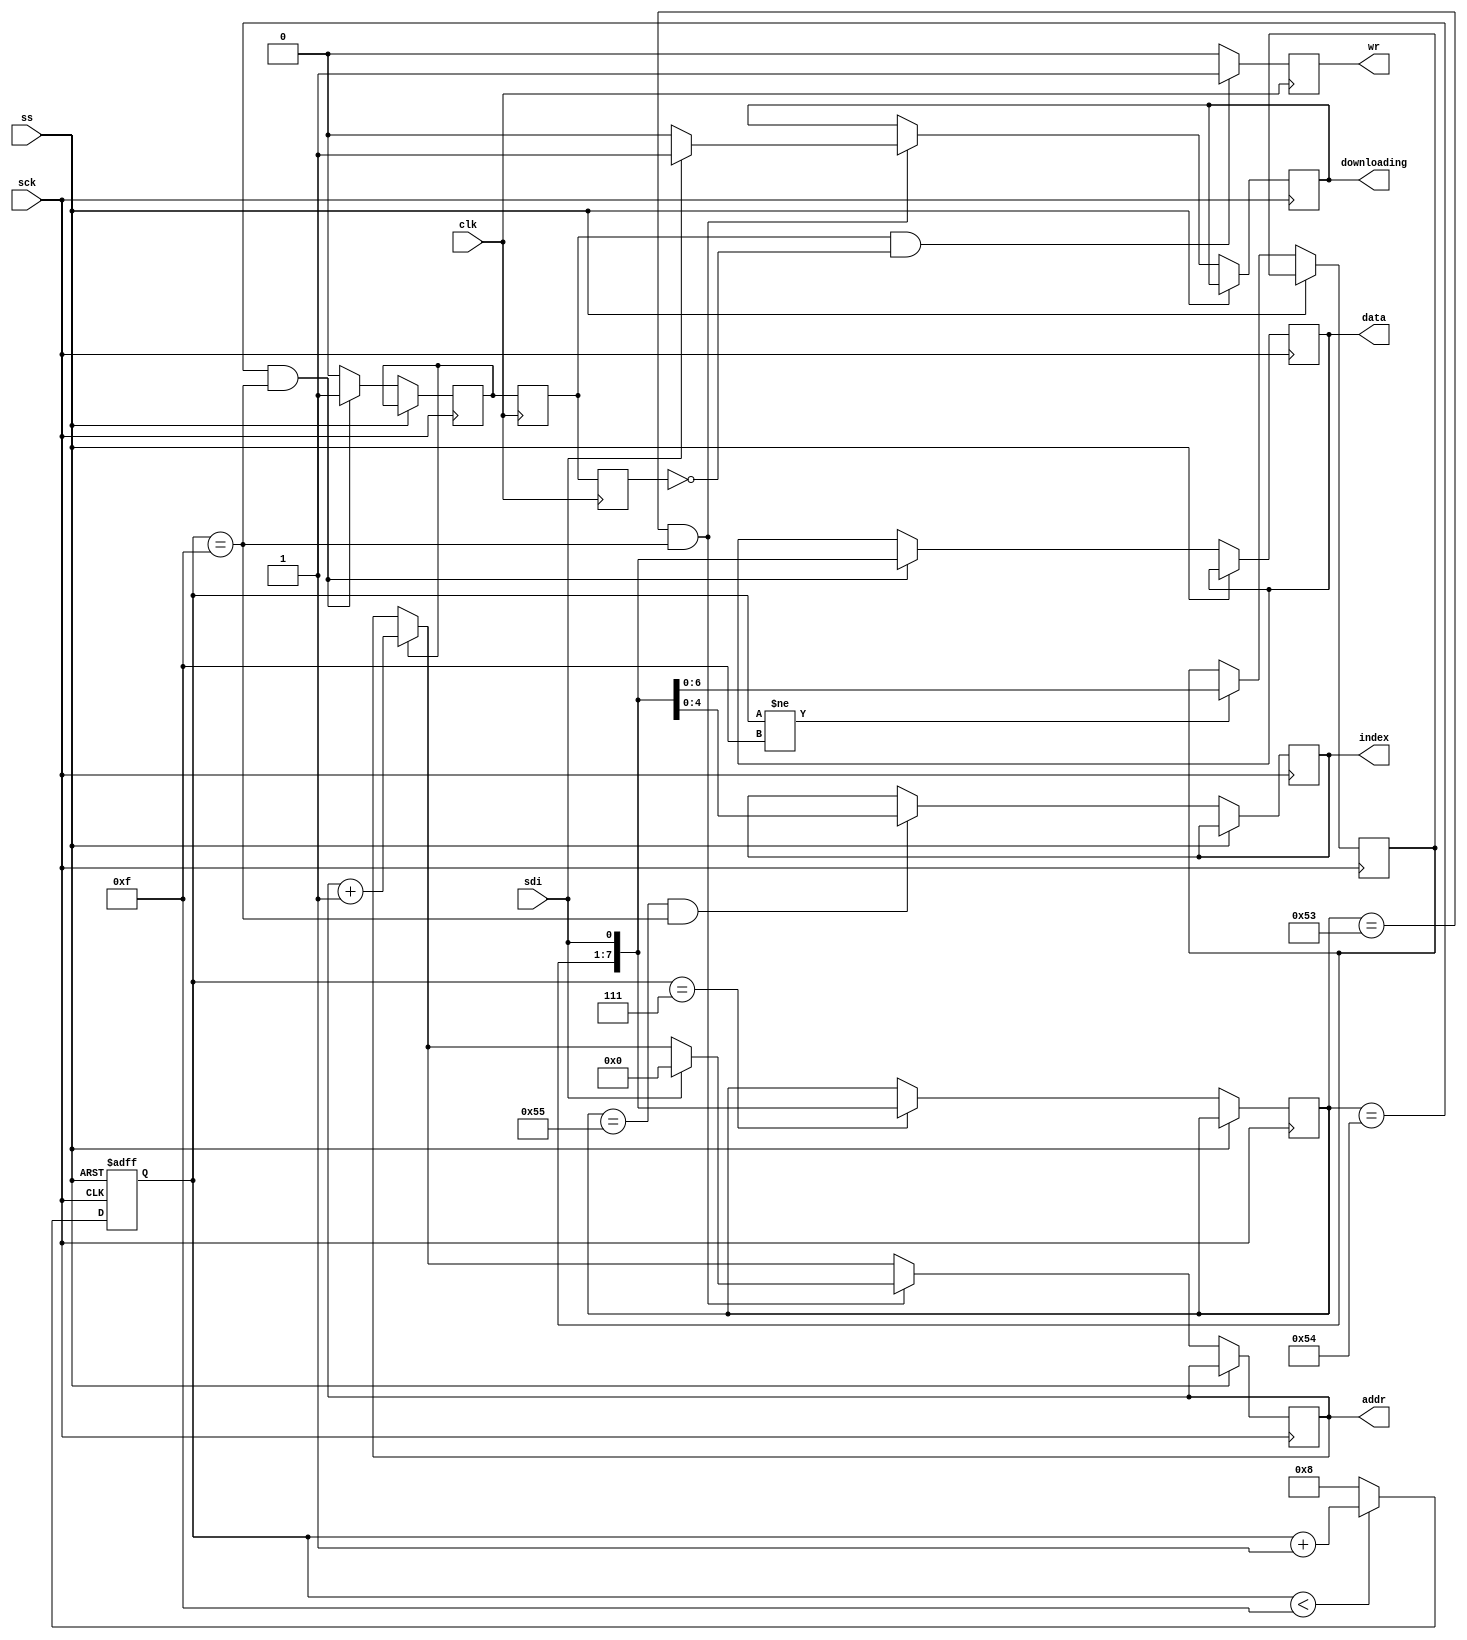
module data_io (
	// io controller spi interface
	input         sck,
	input         ss,
	input         sdi,

	output        downloading,   // signal indicating an active download
   output reg [4:0]  index,     // menu index used to upload the file
	 
	// external ram interface
	input 			   clk,
	output reg        wr,
	output reg [24:0] addr,
	output reg [7:0]  data
);

// *********************************************************************************
// spi client
// *********************************************************************************

// this core supports only the display related OSD commands
// of the minimig
reg [6:0]      sbuf;
reg [7:0]      cmd;
reg [4:0]      cnt;
reg rclk;

localparam UIO_FILE_TX      = 8'h53;
localparam UIO_FILE_TX_DAT  = 8'h54;
localparam UIO_FILE_INDEX   = 8'h55;

assign downloading = downloading_reg;
reg downloading_reg = 1'b0;

// data_io has its own SPI interface to the io controller
always@(posedge sck, posedge ss) begin
	if(ss == 1'b1)
		cnt <= 5'd0;
	else begin
		rclk <= 1'b0;

		// don't shift in last bit. It is evaluated directly
		// when writing to ram
		if(cnt != 15)
			sbuf <= { sbuf[5:0], sdi};

		// increase target address after write
		if(rclk)
			addr <= addr + 1;
	 
		// count 0-7 8-15 8-15 ... 
		if(cnt < 15) 	cnt <= cnt + 4'd1;
		else				cnt <= 4'd8;

		// finished command byte
      if(cnt == 7)
			cmd <= {sbuf, sdi};

		// prepare/end transmission
		if((cmd == UIO_FILE_TX) && (cnt == 15)) begin
			// prepare 
			if(sdi) begin
				addr <= 25'd0;
				downloading_reg <= 1'b1; 
			end else
				downloading_reg <= 1'b0; 
		end
		
		// command 0x54: UIO_FILE_TX
		if((cmd == UIO_FILE_TX_DAT) && (cnt == 15)) begin
			data <= {sbuf, sdi};
			rclk <= 1'b1;
		end
		
      // expose file (menu) index
      if((cmd == UIO_FILE_INDEX) && (cnt == 15))
			index <= {sbuf[3:0], sdi};
	end
end

reg rclkD, rclkD2;
always@(posedge clk) begin
	// bring rclk from spi clock domain into c64 clock domain
	rclkD <= rclk;
	rclkD2 <= rclkD;
	wr <= 1'b0;
	
	if(rclkD && !rclkD2)
		wr <= 1'b1;
end

endmodule